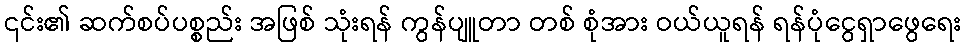
၎င်း၏ ဆက်စပ်ပစ္စည်း အဖြစ် သုံးရန် ကွန်ပျူတာ တစ် စုံအား ဝယ်ယူရန် ရန်ပုံငွေရှာဖွေရေး